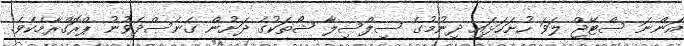
އަންނަ ސްޓޭޖް ލަވަ ހުށަހަޅައި ދިނުމުގެ ސިލްސިލާ ޝޯތަކުގެ ދަށުން ގެނެސްދެވުނު ޕްރޮގްރާމެކެވެ.